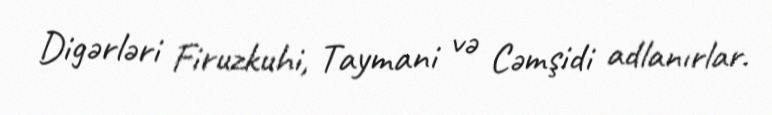
Digərləri Firuzkuhi, Taymani və Cəmşidi adlanırlar.